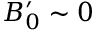
B _ { 0 } ^ { \prime } \sim 0